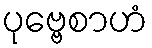
ပုဗ္ဗေစာဟံ